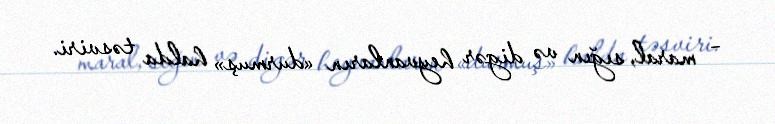
– maral, sığın və digər heyvanların «durmuş» halda təsviri.